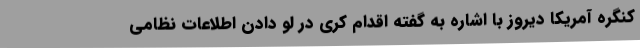
کنگره آمریکا دیروز با اشاره به گفته اقدام کری در لو دادن اطلاعات نظامی